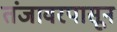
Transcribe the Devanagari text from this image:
तंजावरपासून